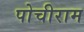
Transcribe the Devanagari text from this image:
पोचीराम